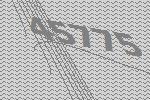
45775